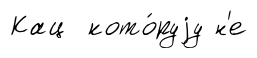
Кац кото́руjу н'е